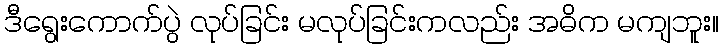
ဒီရွေးကောက်ပွဲ လုပ်ခြင်း မလုပ်ခြင်းကလည်း အဓိက မကျဘူး။